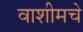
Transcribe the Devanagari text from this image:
वाशीमचे